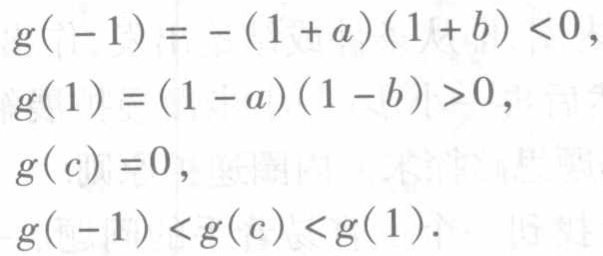
\[
\begin{align*}
g(-1)&=-(1 + a)(1 + b)<0,\\
g(1)&=(1 - a)(1 - b)>0,\\
g(c)&=0,\\
g(-1)&<g(c)<g(1).
\end{align*}
\]